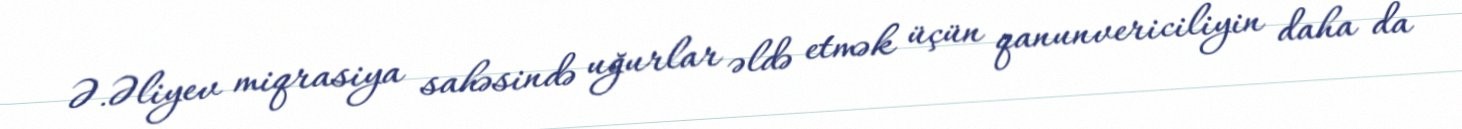
Ə.Əliyev miqrasiya sahəsində uğurlar əldə etmək üçün qanunvericiliyin daha da